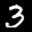
Digit: 3